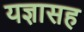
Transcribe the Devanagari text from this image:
यज्ञासह